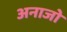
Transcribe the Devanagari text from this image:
अनाजो